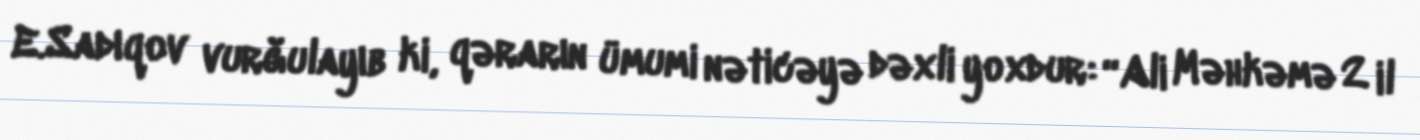
E.Sadıqov vurğulayıb ki, qərarın ümumi nəticəyə dəxli yoxdur: “Ali Məhkəmə 2 il